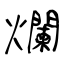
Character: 爛